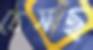
ঠেসছ